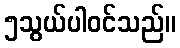
၅သွယ်ပါဝင်သည်။